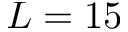
L = 1 5